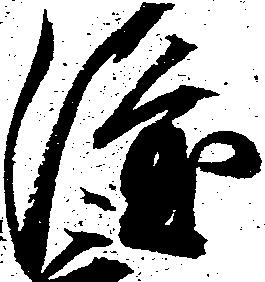
隆